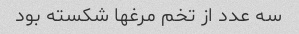
سه عدد از تخم مرغها شکسته بود